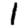
Digit: 1